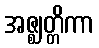
အဇ္ဈတ္တိကာ